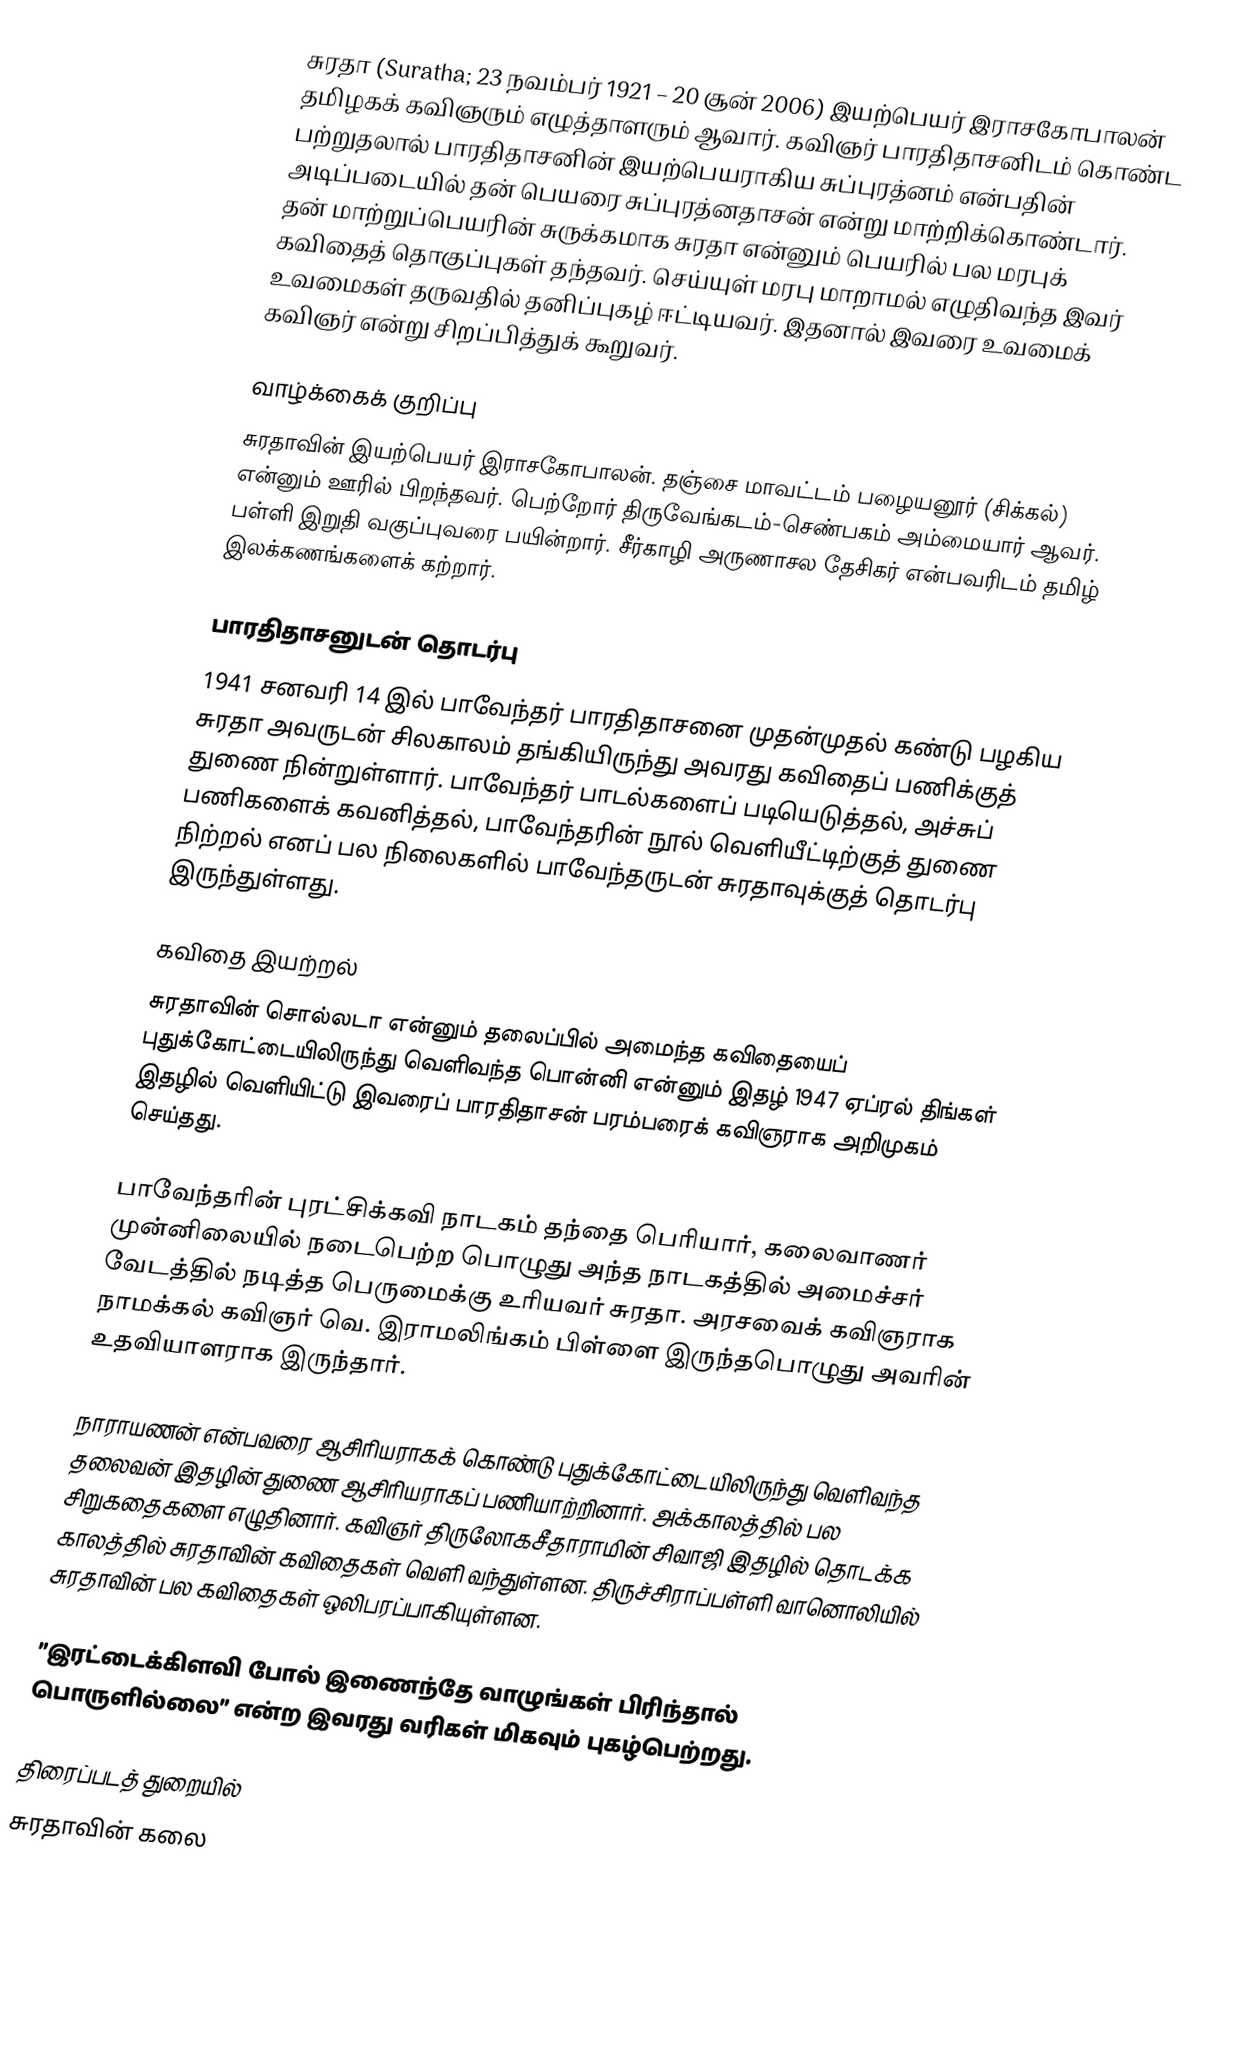
சுரதா (Suratha; 23 நவம்பர் 1921 – 20 சூன் 2006) இயற்பெயர் இராசகோபாலன் தமிழகக் கவிஞரும் எழுத்தாளரும் ஆவார். கவிஞர் பாரதிதாசனிடம் கொண்ட பற்றுதலால்  பாரதிதாசனின் இயற்பெயராகிய சுப்புரத்னம் என்பதின் அடிப்படையில் தன் பெயரை சுப்புரத்னதாசன் என்று மாற்றிக்கொண்டார். தன் மாற்றுப்பெயரின் சுருக்கமாக சுரதா என்னும் பெயரில் பல மரபுக் கவிதைத் தொகுப்புகள் தந்தவர். செய்யுள் மரபு மாறாமல் எழுதிவந்த இவர் உவமைகள் தருவதில் தனிப்புகழ் ஈட்டியவர். இதனால் இவரை உவமைக் கவிஞர் என்று சிறப்பித்துக் கூறுவர்.

வாழ்க்கைக் குறிப்பு
சுரதாவின் இயற்பெயர் இராசகோபாலன். தஞ்சை மாவட்டம் பழையனூர் (சிக்கல்) என்னும் ஊரில் பிறந்தவர். பெற்றோர் திருவேங்கடம்-செண்பகம் அம்மையார் ஆவர். பள்ளி இறுதி வகுப்புவரை பயின்றார். சீர்காழி அருணாசல தேசிகர் என்பவரிடம் தமிழ் இலக்கணங்களைக் கற்றார்.

பாரதிதாசனுடன் தொடர்பு
1941 சனவரி 14 இல் பாவேந்தர் பாரதிதாசனை முதன்முதல் கண்டு பழகிய சுரதா அவருடன் சிலகாலம் தங்கியிருந்து அவரது கவிதைப் பணிக்குத் துணை நின்றுள்ளார். பாவேந்தர் பாடல்களைப் படியெடுத்தல், அச்சுப் பணிகளைக் கவனித்தல், பாவேந்தரின் நூல் வெளியீட்டிற்குத் துணை நிற்றல் எனப் பல நிலைகளில் பாவேந்தருடன் சுரதாவுக்குத் தொடர்பு இருந்துள்ளது.

கவிதை இயற்றல்
சுரதாவின் சொல்லடா என்னும் தலைப்பில் அமைந்த கவிதையைப் புதுக்கோட்டையிலிருந்து வெளிவந்த பொன்னி என்னும் இதழ் 1947 ஏப்ரல் திங்கள் இதழில் வெளியிட்டு இவரைப் பாரதிதாசன் பரம்பரைக் கவிஞராக அறிமுகம் செய்தது.

பாவேந்தரின் புரட்சிக்கவி நாடகம் தந்தை பெரியார், கலைவாணர் முன்னிலையில் நடைபெற்ற பொழுது அந்த நாடகத்தில் அமைச்சர் வேடத்தில் நடித்த பெருமைக்கு உரியவர் சுரதா. அரசவைக் கவிஞராக நாமக்கல் கவிஞர் வெ. இராமலிங்கம் பிள்ளை இருந்தபொழுது அவரின் உதவியாளராக இருந்தார்.

நாராயணன் என்பவரை ஆசிரியராகக் கொண்டு புதுக்கோட்டையிலிருந்து வெளிவந்த தலைவன் இதழின் துணை ஆசிரியராகப் பணியாற்றினார். அக்காலத்தில் பல சிறுகதைகளை எழுதினார். கவிஞர் திருலோகசீதாராமின் சிவாஜி இதழில் தொடக்க காலத்தில் சுரதாவின் கவிதைகள் வெளி வந்துள்ளன. திருச்சிராப்பள்ளி வானொலியில் சுரதாவின் பல கவிதைகள் ஒலிபரப்பாகியுள்ளன.

”இரட்டைக்கிளவி போல் இணைந்தே வாழுங்கள் பிரிந்தால் பொருளில்லை” என்ற இவரது வரிகள் மிகவும் புகழ்பெற்றது.

திரைப்படத் துறையில்
சுரதாவின் கலை